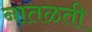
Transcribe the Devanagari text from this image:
नातळती